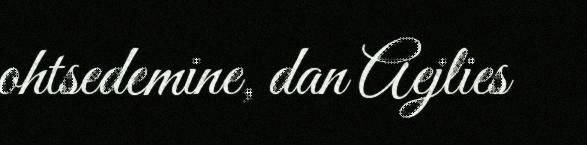
ohtsedemine, dan Aejlies